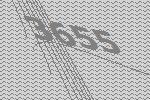
3655